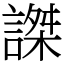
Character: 謋